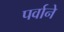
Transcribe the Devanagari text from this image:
पर्वाने